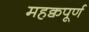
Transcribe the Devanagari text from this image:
महक्वपूर्ण